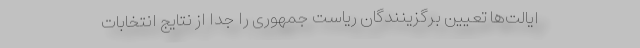
ایالت‌ها تعیین برگزینندگان ریاست جمهوری را جدا از نتایج انتخابات